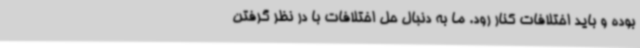
بوده و باید اختلافات کنار رود. ما به دنبال حل اختلافات با در نظر گرفتن